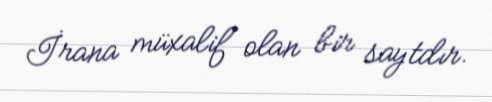
İrana müxalif olan bir saytdır.